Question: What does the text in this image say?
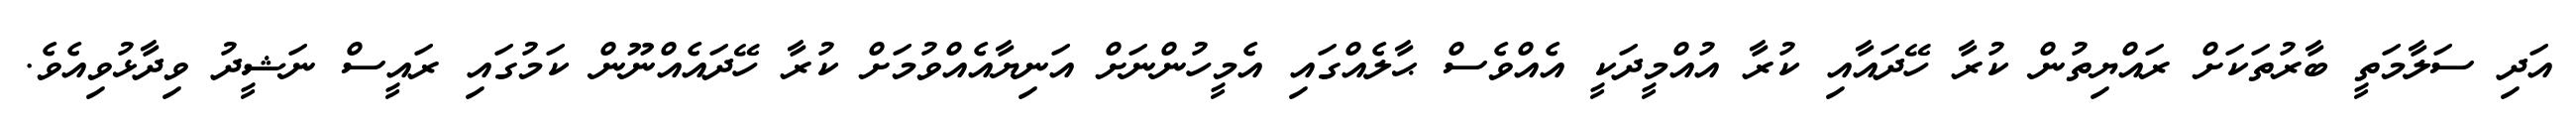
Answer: އަދި ސަލާމަތީ ބާރުތަކަށް ރައްޔިތުން ކުރާ ހޭދައާއި ކުރާ އުއްމީދަކީ އެއްވެސް ޙާލެއްގައި އެމީހުންނަށް އަނިޔާއެއްވުމަށް ކުރާ ހޭދައެއްނޫން ކަމުގައި ރައީސް ނަޝީދު ވިދާޅުވިއެވެ.